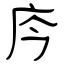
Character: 庈